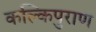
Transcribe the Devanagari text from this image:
कल्किपुराण